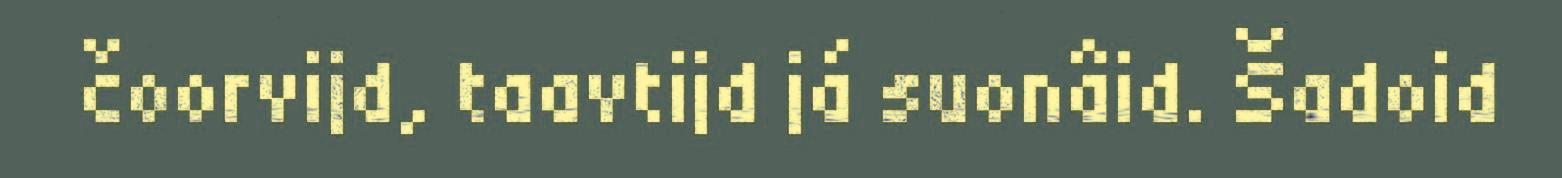
čoorvijd, taavtijd já suonâid. Šadoid